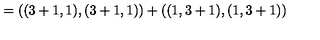
= ( ( 3 + 1 , 1 ) , ( 3 + 1 , 1 ) ) + ( ( 1 , 3 + 1 ) , ( 1 , 3 + 1 ) )